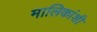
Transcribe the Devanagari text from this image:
मालिकांशी